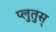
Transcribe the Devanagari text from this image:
प्लुतुस्